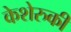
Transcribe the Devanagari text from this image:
केशेरुकी